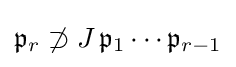
{\mathfrak {p}}_{r}\not \supset J\,{\mathfrak {p}}_{1}\cdots {\mathfrak {p}}_{r-1}